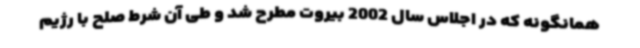
همانگونه که در اجلاس سال 2002 بیروت مطرح شد و طی آن شرط صلح با رژیم